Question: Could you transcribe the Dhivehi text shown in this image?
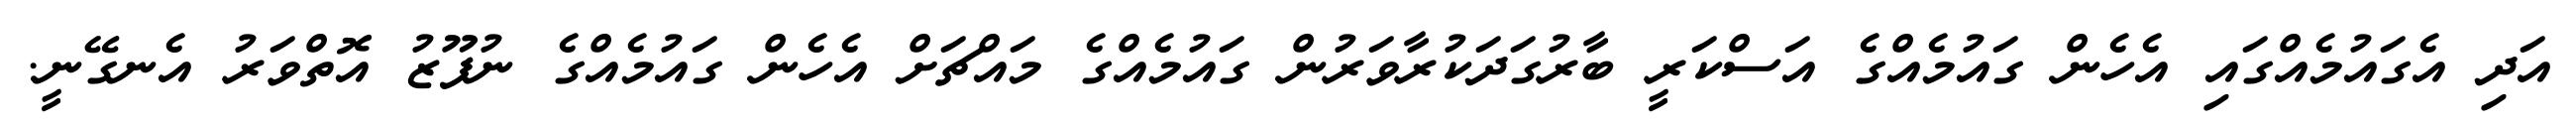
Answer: އަދި އެގައުމެއްގައި އެހެން ގައުމެއްގެ އަސްކަރީ ބާރުގަދަކުރާވަރުން ގައުމެއްގެ މައްޗަށް އެހެން ގައުމެއްގެ ނުފޫޒު އޮތްވަރު އެނގޭނީ.